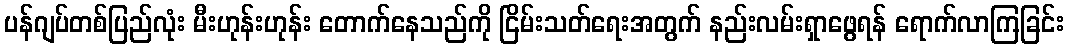
ပန်ဂျပ်တစ်ပြည်လုံး မီးဟုန်းဟုန်း တောက်နေသည်ကို ငြိမ်းသတ်ရေးအတွက် နည်းလမ်းရှာဖွေရန် ရောက်လာကြခြင်း